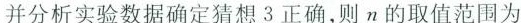
并分析实验数据确定猜想3正确，则n的取值范围为